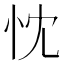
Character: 忱